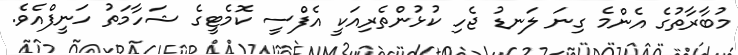
މުބާރާތުގެ އެންމެ ގިނަ ލަނޑު ޖެހި ކުޅުންތެރިއަކީ އެފްސީ ކޮމެޓީގެ ޝަހާމަތު ހަނީފްއެވެ.